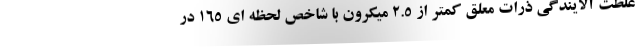
غلظت آلایندگی ذرات معلق کمتر از ۲.۵ میکرون با شاخص لحظه ای ۱۶۵ در